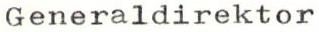
Generaldirektor